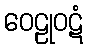
ဝေဠုဝဋံ